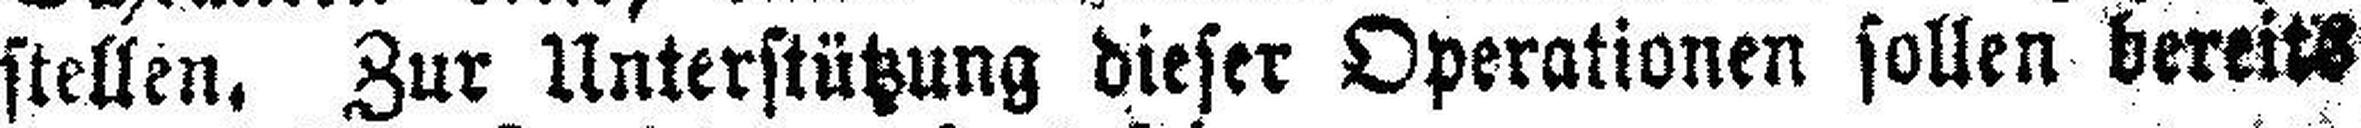
stellen, Zur Unterstützung dieser Operationen sollen bereits